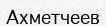
Ахметчеев